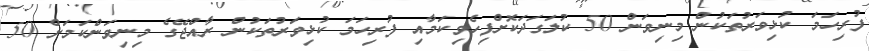
ފުރިހަމަ ކުޅިވަރުތަކުން މިނިވަން 50 ކުލަގަދަކޮށްފިހެވިކަމާއި ފުރިހަމަ ކުޅިވަރުތަކުން ރާއްޖޭގެ މިނިވަންކަމަށް 50